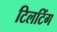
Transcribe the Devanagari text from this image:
टिलटिंग